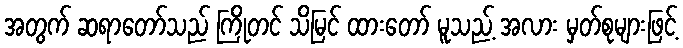
အတွက် ဆရာတော်သည် ကြိုတင် သိမြင် ထားတော် မူသည့် အလား မှတ်စုများဖြင့်